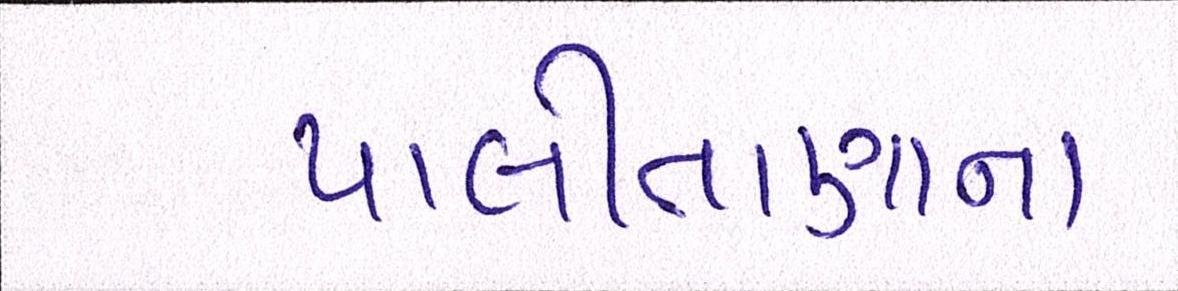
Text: પાલીતાણાના